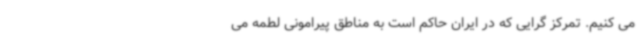
می کنیم. تمرکز گرایی که در ایران حاکم است به مناطق پیرامونی لطمه می